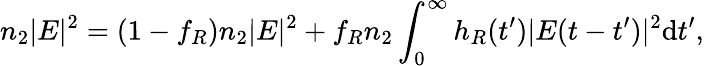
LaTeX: n_{2}|E|^{2}=(1-f_{R})n_{2}|E|^{2}+f_{R}n_{2}\int_{0}^{\infty}h_{R}(t^{\prime})|E(t-t^{\prime})|^{2}\mathrm{d}t^{\prime},